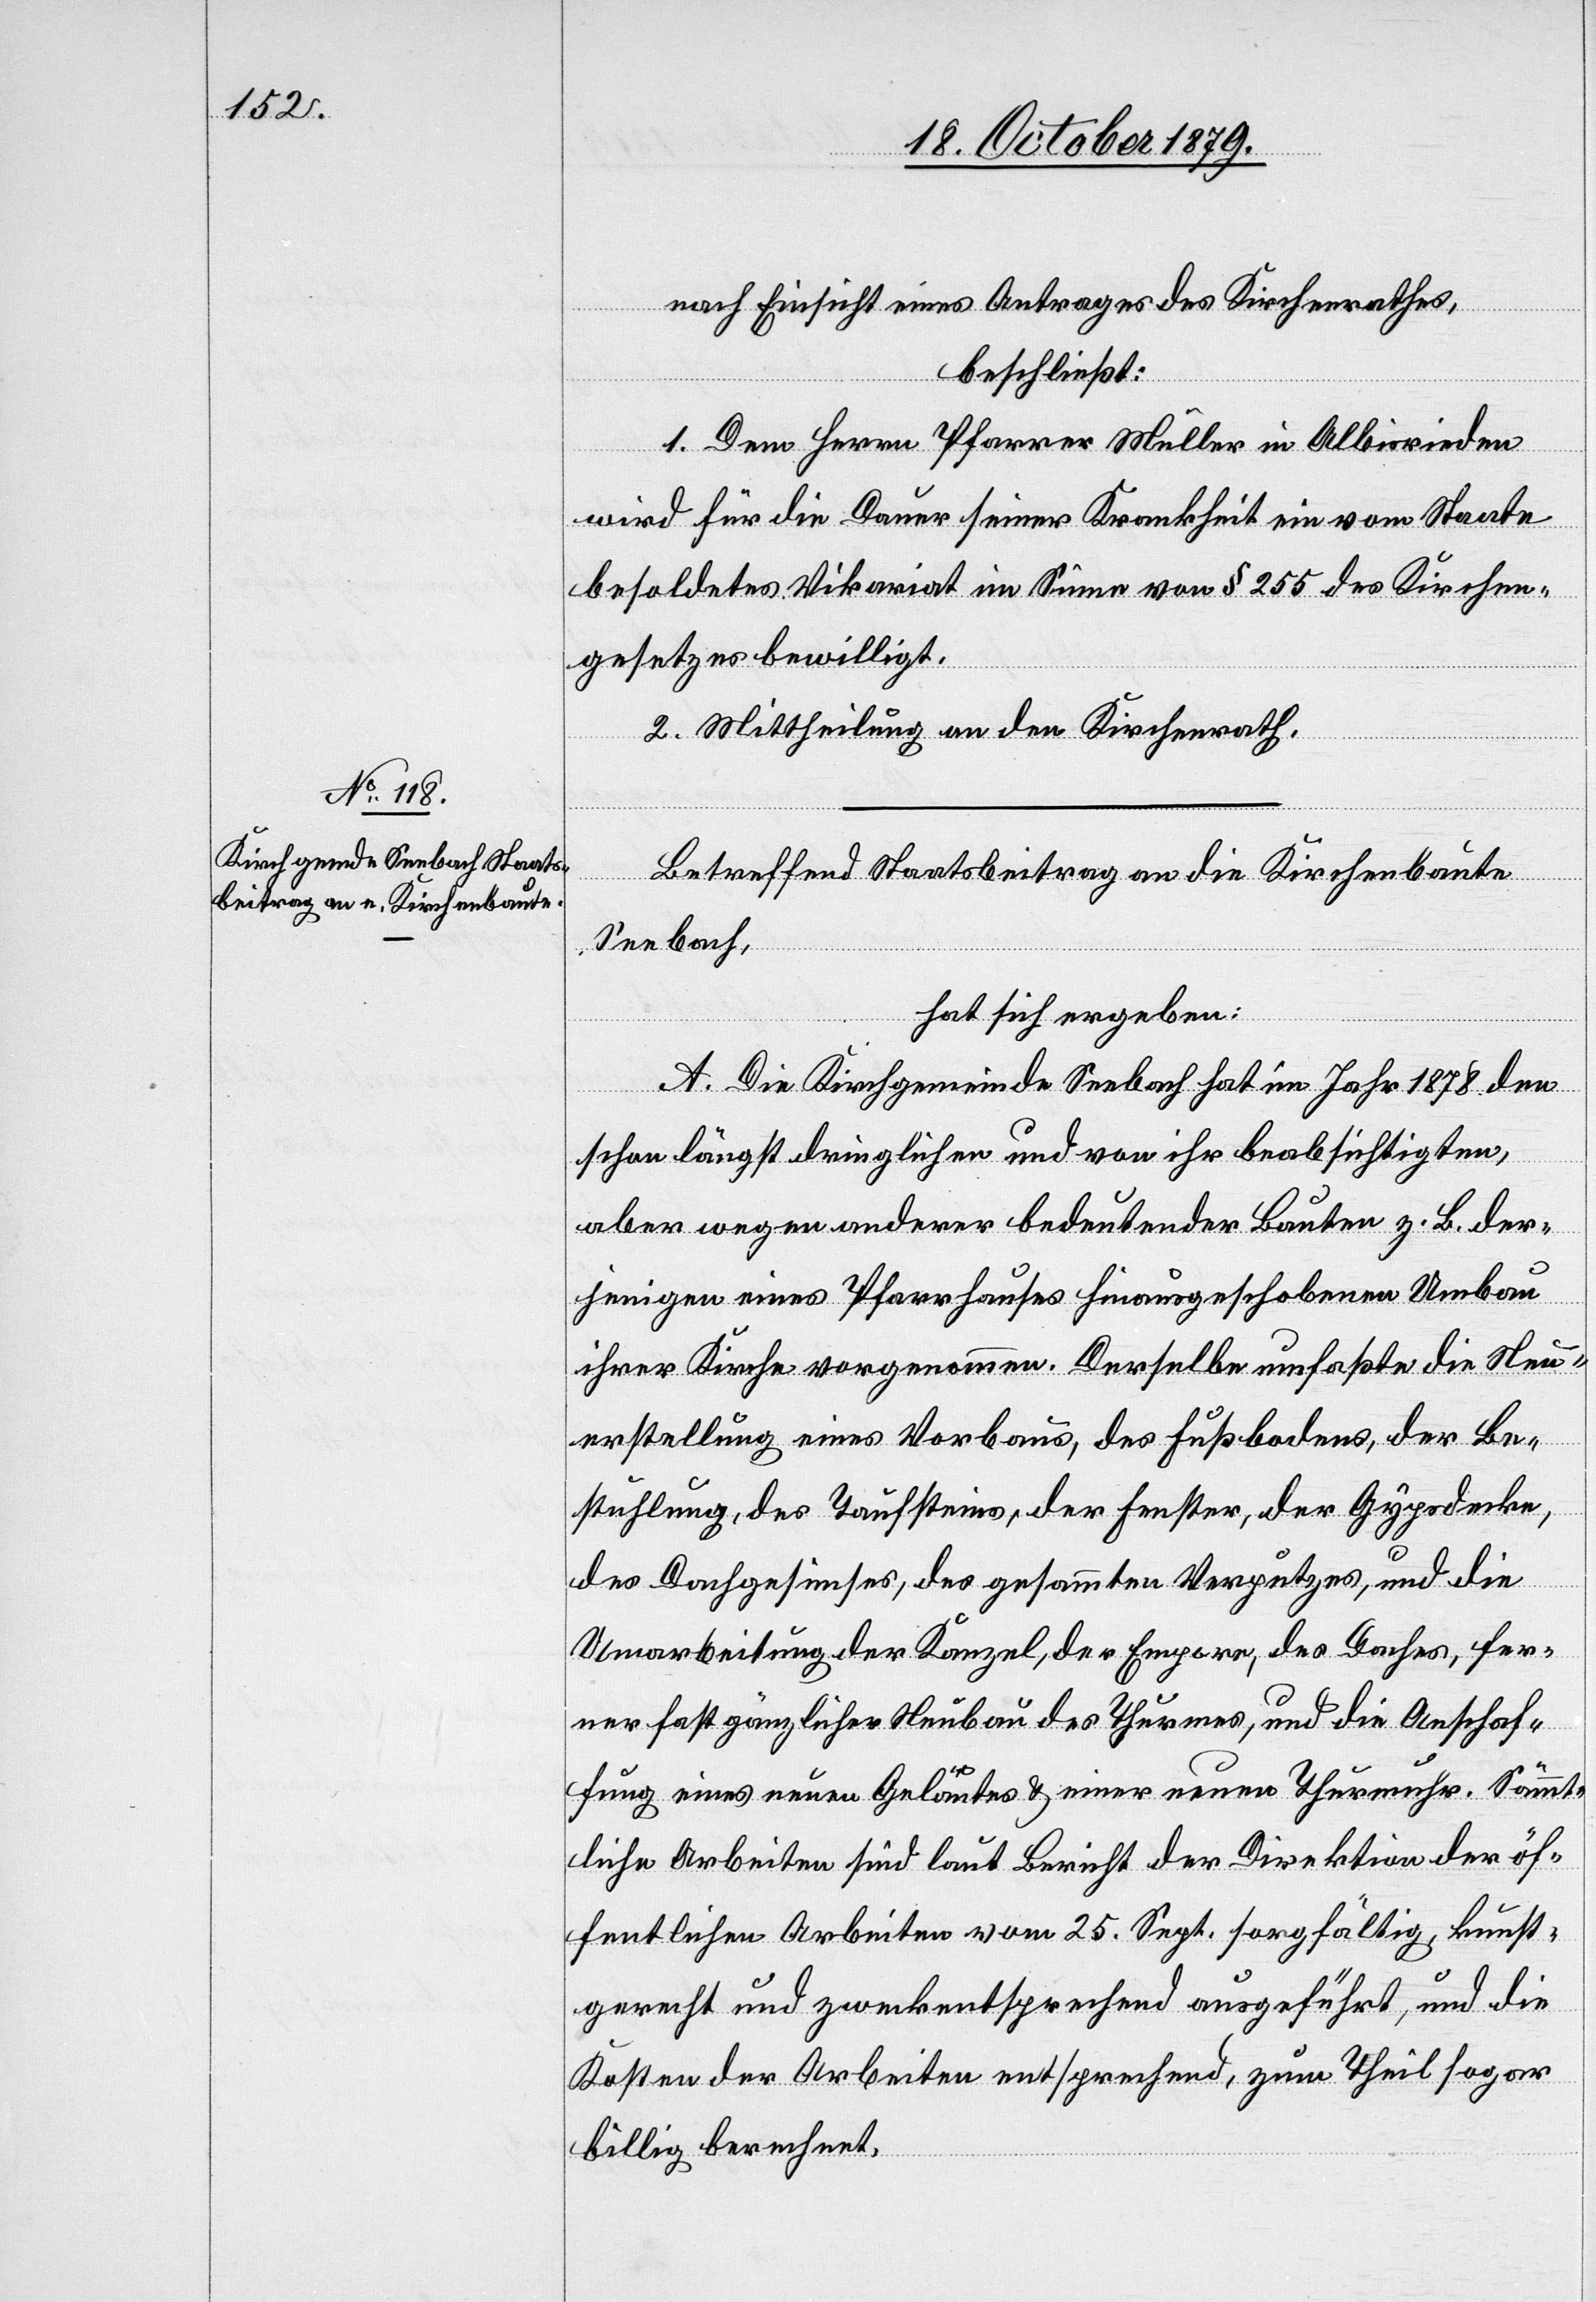
nach Einsicht eines Antrages des Kirchenrathes,
beschließt:
1. Dem Herrn Pfarrer Müller in Albisrieden
wird für die Dauer seiner Krankheit ein vom Staate
besoldetes Vikariat im Sinne von § 255 des Kirchen¬
gesetzes bewilligt.
2. Mittheilung an den Kirchenrath.
Betreffend Staatsbeitrag an die Kirchenbaute
Seebach,
hat sich ergeben:
A. Die Kirchgemeinde Seebach hat im Jahr 1878 den
schon längst dringlichen und von ihr beabsichtigten,
aber wegen anderer bedeutender Bauten z. B der¬
jenigen eines Pfarrhauses hinausgeschobenen Umbau
ihrer Kirche vorgenommen. Derselbe umfaßte die Neu¬
erstellung eines Vorbaus, des Fußbodens, der Be¬
stuhlung, des Taufsteins, der Fenster, der Gypsdecke,
des Dachgesimses, des gesammten Verputzes, und die
Umarbeitung der Kanzel, der Empore, des Daches, fer¬
ner fast gänzlicher Neubau des Thurmes, und die Anschaf¬
fung eines neuen Geläutes & einer neuen Thurmuhr. Sämmt¬
liche Arbeiten sind laut Bericht der Direktion der öf¬
fentlichen Arbeiten vom 25. Sept. sorgfältig, kunst¬
gerecht und zweckentsprechend ausgeführt, und die
Kosten der Arbeiten entsprechend, zum Theil sogar
billig berechnet.